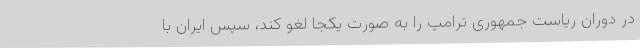
در دوران ریاست جمهوری ترامپ را به صورت یکجا لغو کند، سپس ایران با